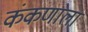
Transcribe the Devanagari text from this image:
कंकणाला